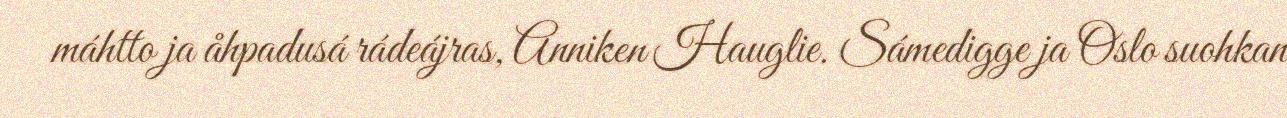
máhtto ja åhpadusá rádeájras, Anniken Hauglie. Sámedigge ja Oslo suohkan